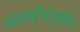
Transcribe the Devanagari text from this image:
अलाईपायुथेय